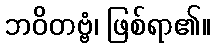
ဘဝိတဗ္ဗံ၊ ဖြစ်ရာ၏။